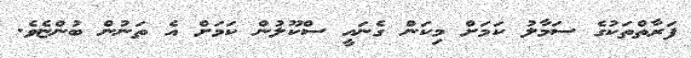
ފަރާތްތަކުގެ ސަމާލު ކަމަށް މިކަން ގެނައީ ސްކޫލުން ކަމަށް އެ ތަނުން ބުންޏެވެ.